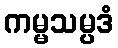
ကမ္မသမ္ပဒံ